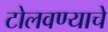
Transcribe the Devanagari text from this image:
टोलवण्याचे